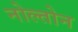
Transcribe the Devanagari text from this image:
नोल्तोन